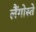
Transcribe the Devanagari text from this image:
लैंगोस्ते